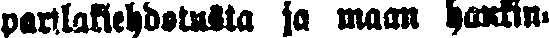
parilakiehdotusta ja maan hankin-